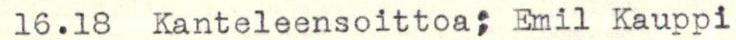
16.18  Kanteleensoittoa; Emil Kauppi